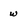
Character: w